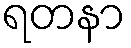
ရတနာ